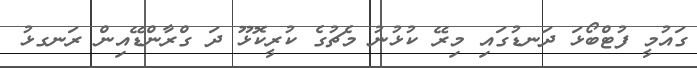
ގައުމީ ފުޓްބޯޅަ ދަނޑުގައި މިރޭ ކުޅުނު މެޗުގެ ކުރީކޮޅޫ ދަ ގްރާންޑޭއިން ރަނގޅު